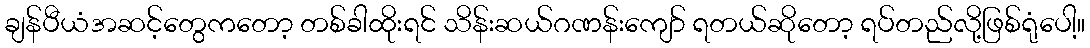
ချန်ပီယံအဆင့်တွေကတော့ တစ်ခါထိုးရင် သိန်းဆယ်ဂဏန်းကျော် ရတယ်ဆိုတော့ ရပ်တည်လို့ဖြစ်ရုံပေါ့။